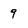
Character: 9